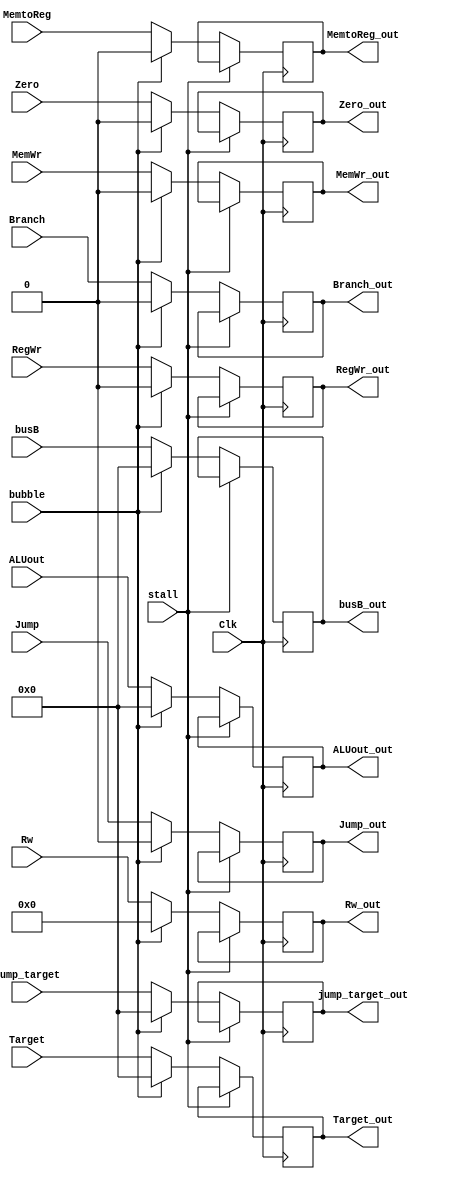
module exec_reg(
        // input
        input               Clk,
        input               stall,
        input               bubble,
        input               MemWr,
        input               Branch,
        input               MemtoReg,
        input               RegWr,
        input       [31:0]  Target,
        input               Zero,
        input       [31:0]  ALUout,
        input       [31:0]  busB,
        input       [4:0]   Rw,
        input               Jump,
        input       [31:0]  jump_target,
        // output
        output  reg         MemWr_out,
        output  reg         Branch_out,
        output  reg         MemtoReg_out,
        output  reg         RegWr_out,
        output  reg [31:0]  Target_out,
        output  reg         Zero_out,
        output  reg [31:0]  ALUout_out,
        output  reg [31:0]  busB_out,
        output  reg [4:0]   Rw_out,
        output  reg         Jump_out,
        output  reg [31:0]  jump_target_out
    );

    parameter RNONE = 0;

    always @(posedge Clk) begin
        if (stall == 1'b1) begin
            MemWr_out       <= MemWr_out;
            Branch_out      <= Branch_out;
            MemtoReg_out    <= MemtoReg_out;
            RegWr_out       <= RegWr_out;
            Target_out      <= Target_out;
            Zero_out        <= Zero_out;
            ALUout_out      <= ALUout_out;
            busB_out        <= busB_out;
            Rw_out          <= Rw_out;
            Jump_out        <= Jump_out;
            jump_target_out <= jump_target_out;
        end
        else if (bubble == 1'b1) begin
            MemWr_out       <= RNONE;
            Branch_out      <= RNONE;
            MemtoReg_out    <= RNONE;
            RegWr_out       <= RNONE;
            Target_out      <= RNONE;
            Zero_out        <= RNONE;
            ALUout_out      <= RNONE;
            busB_out        <= RNONE;
            Rw_out          <= RNONE;
            Jump_out        <= RNONE;
            jump_target_out <= RNONE;
        end
        else begin
            MemWr_out       <= MemWr;
            Branch_out      <= Branch;
            MemtoReg_out    <= MemtoReg;
            RegWr_out       <= RegWr;
            Target_out      <= Target;
            Zero_out        <= Zero;
            ALUout_out      <= ALUout;
            busB_out        <= busB;
            Rw_out          <= Rw;
            Jump_out        <= Jump;
            jump_target_out <= jump_target;
        end
    end

    initial begin
        MemWr_out       <= RNONE;
        Branch_out      <= RNONE;
        MemtoReg_out    <= RNONE;
        RegWr_out       <= RNONE;
        Target_out      <= RNONE;
        Zero_out        <= RNONE;
        ALUout_out      <= RNONE;
        busB_out        <= RNONE;
        Rw_out          <= RNONE;
        Jump_out        <= RNONE;
        jump_target_out <= RNONE;
    end

endmodule